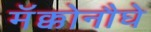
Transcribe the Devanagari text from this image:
मॅक्कोनौघे